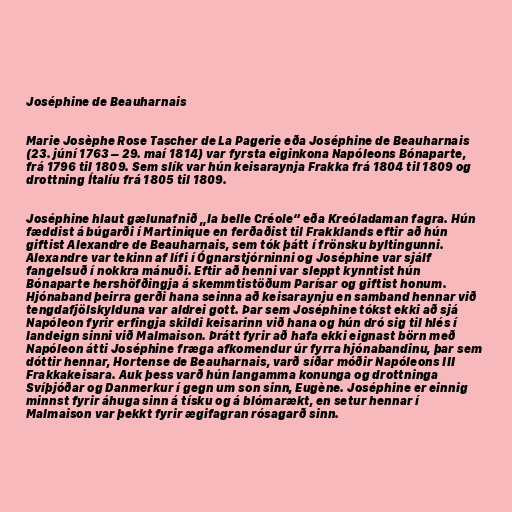
Joséphine de Beauharnais

Marie Josèphe Rose Tascher de La Pagerie eða Joséphine de Beauharnais
(23. júní 1763 – 29. maí 1814) var fyrsta eiginkona Napóleons Bónaparte,
frá 1796 til 1809. Sem slík var hún keisaraynja Frakka frá 1804 til 1809 og
drottning Ítalíu frá 1805 til 1809.

Joséphine hlaut gælunafnið „la belle Créole“ eða Kreóladaman fagra. Hún
fæddist á búgarði í Martinique en ferðaðist til Frakklands eftir að hún
giftist Alexandre de Beauharnais, sem tók þátt í frönsku byltingunni.
Alexandre var tekinn af lífi í Ógnarstjórninni og Joséphine var sjálf
fangelsuð í nokkra mánuði. Eftir að henni var sleppt kynntist hún
Bónaparte hershöfðingja á skemmtistöðum Parísar og giftist honum.
Hjónaband þeirra gerði hana seinna að keisaraynju en samband hennar við
tengdafjölskylduna var aldrei gott. Þar sem Joséphine tókst ekki að sjá
Napóleon fyrir erfingja skildi keisarinn við hana og hún dró sig til hlés í
landeign sinni við Malmaison. Þrátt fyrir að hafa ekki eignast börn með
Napóleon átti Joséphine fræga afkomendur úr fyrra hjónabandinu, þar sem
dóttir hennar, Hortense de Beauharnais, varð síðar móðir Napóleons III
Frakkakeisara. Auk þess varð hún langamma konunga og drottninga
Svíþjóðar og Danmerkur í gegn um son sinn, Eugène. Joséphine er einnig
minnst fyrir áhuga sinn á tísku og á blómarækt, en setur hennar í
Malmaison var þekkt fyrir ægifagran rósagarð sinn.